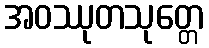
အဝဿုတသုတ္တေ